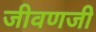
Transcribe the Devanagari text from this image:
जीवणजी